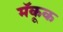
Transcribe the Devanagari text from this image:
मॅकूक